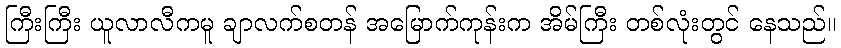
ကြီးကြီး ယူလာလီကမူ ချာလက်စတန် အမြောက်ကုန်းက အိမ်ကြီး တစ်လုံးတွင် နေသည်။